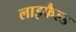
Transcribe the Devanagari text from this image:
लाइफैल्ड